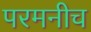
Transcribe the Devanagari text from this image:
परमनीच